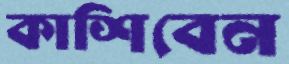
কাশিবেন